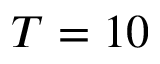
T = 1 0